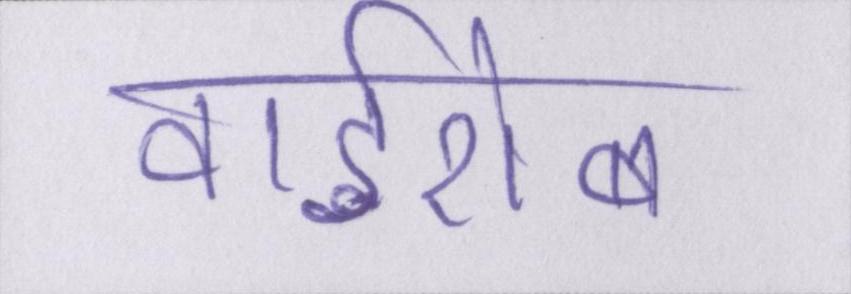
वार्डरोब